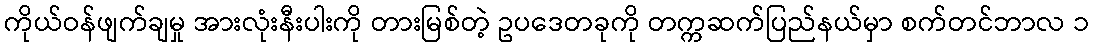
ကိုယ်ဝန်ဖျက်ချမှု အားလုံးနီးပါးကို တားမြစ်တဲ့ ဥပဒေတခုကို တက္ကဆက်ပြည်နယ်မှာ စက်တင်ဘာလ ၁